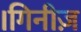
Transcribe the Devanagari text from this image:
।गिनीज़